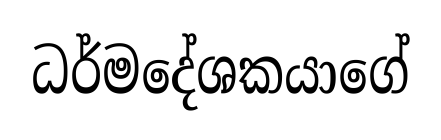
ධර්මදේශකයාගේ